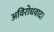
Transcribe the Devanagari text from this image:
अविरोधवाद।